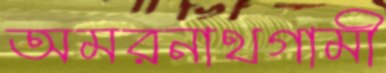
অমরনাথগামী